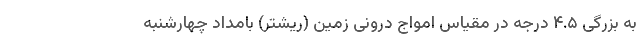
به بزرگی ۴.۵ درجه در مقیاس امواج درونی زمین (ریشتر) بامداد چهارشنبه